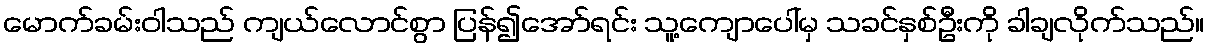
မောက်ခမ်းဝါသည် ကျယ်လောင်စွာ ပြန်၍အော်ရင်း သူ့ကျောပေါ်မှ သခင်နှစ်ဦးကို ခါချလိုက်သည်။